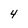
Character: 4